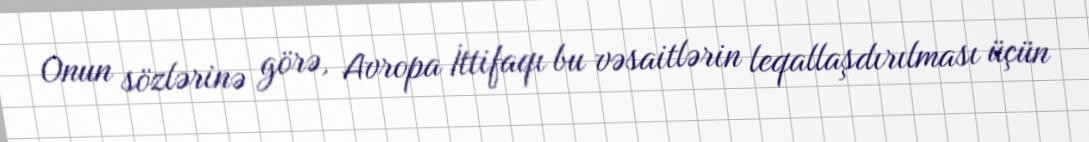
Onun sözlərinə görə, Avropa İttifaqı bu vəsaitlərin leqallaşdırılması üçün